Civil Veterinary Department ledger series I-VI
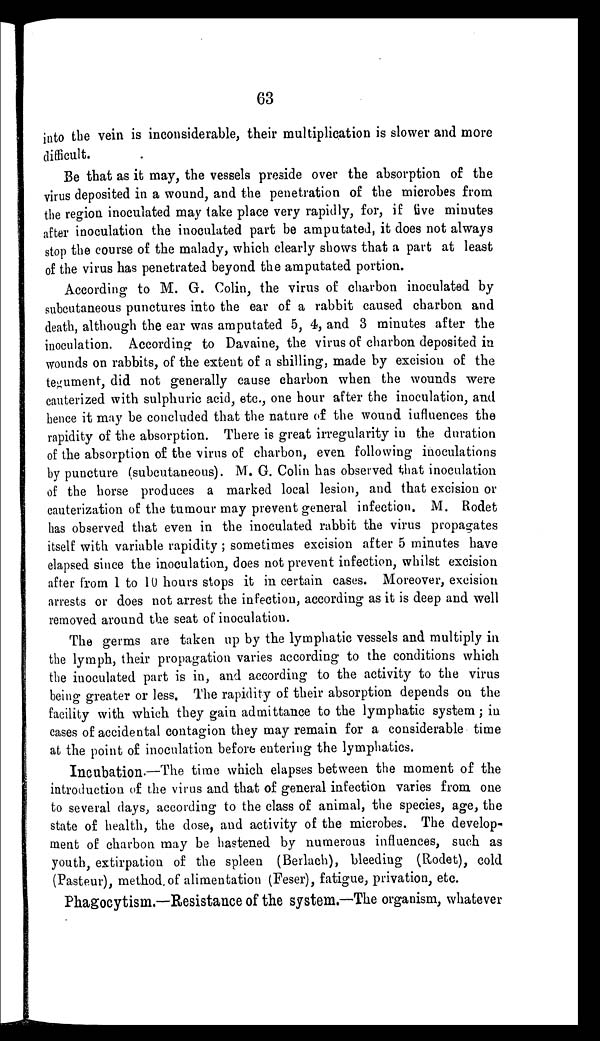
63
into the vein is inconsiderable, their multiplication is slower and more
difficult.
Be that as it may, the vessels preside over the absorption of the
virus deposited in a wound, and the penetration of the microbes from
the region inoculated may take place very rapidly, for, if five minutes
after inoculation the inoculated part be amputated, it does not always
stop the course of the malady, which clearly shows that a part at least
of the virus has penetrated beyond the amputated portion.
According to M. G. Colin, the virus of charbon inoculated by
subcutaneous punctures into the ear of a rabbit caused charbon and
death, although the ear was amputated 5, 4, and 3 minutes after the
inoculation. According to Davaine, the virus of charbon deposited in
wounds on rabbits, of the extent of a shilling, made by excision of the
tegument, did not generally cause charbon when the wounds were
cauterized with sulphuric acid, etc., one hour after the inoculation, and
hence it may be concluded that the nature of the wound influences the
rapidity of the absorption. There is great irregularity in the duration
of the absorption of the virus of charbon, even following inoculations
by puncture (subcutaneous). M. G. Colin has observed that inoculation
of the horse produces a marked local lesion, and that excision or
cauterization of the tumour may prevent general infection. M. Rodet
has observed that even in the inoculated rabbit the virus propagates
itself with variable rapidity; sometimes excision after 5 minutes have
elapsed since the inoculation, does not prevent infection, whilst excision
after from 1 to 10 hours stops it in certain cases. Moreover, excision
arrests or does not arrest the infection, according as it is deep and well
removed around the seat of inoculation.
The germs are taken up by the lymphatic vessels and multiply in
the lymph, their propagation varies according to the conditions which
the inoculated part is in, and according to the activity to the virus
being greater or less. The rapidity of their absorption depends on the
facility with which they gain admittance to the lymphatic system; in
cases of accidental contagion they may remain for a considerable time
at the point of inoculation before entering the lymphatics.
Incubation.—The time which elapses between the moment of the
introduction of the virus and that of general infection varies from one
to several days, according to the class of animal, the species, age, the
state of health, the dose, and activity of the microbes. The develop-
ment of charbon may be hastened by numerous influences, such as
youth, extirpation of the spleen (Berlach), bleeding (Rodet), cold
(Pasteur), method of alimentation (Feser), fatigue, privation, etc.
Phagocytism.—Resistance of the system.—The organism, whatever